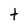
Character: t